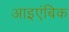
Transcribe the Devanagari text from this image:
आइएंबिक